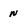
Character: n